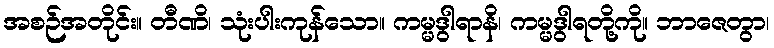
အစဉ်အတိုင်း။ တီဏိ၊ သုံးပါးကုန်သော။ ကမ္မဒွါရာနိ၊ ကမ္မဒွါရတို့ကို။ ဘာဇေတွာ၊